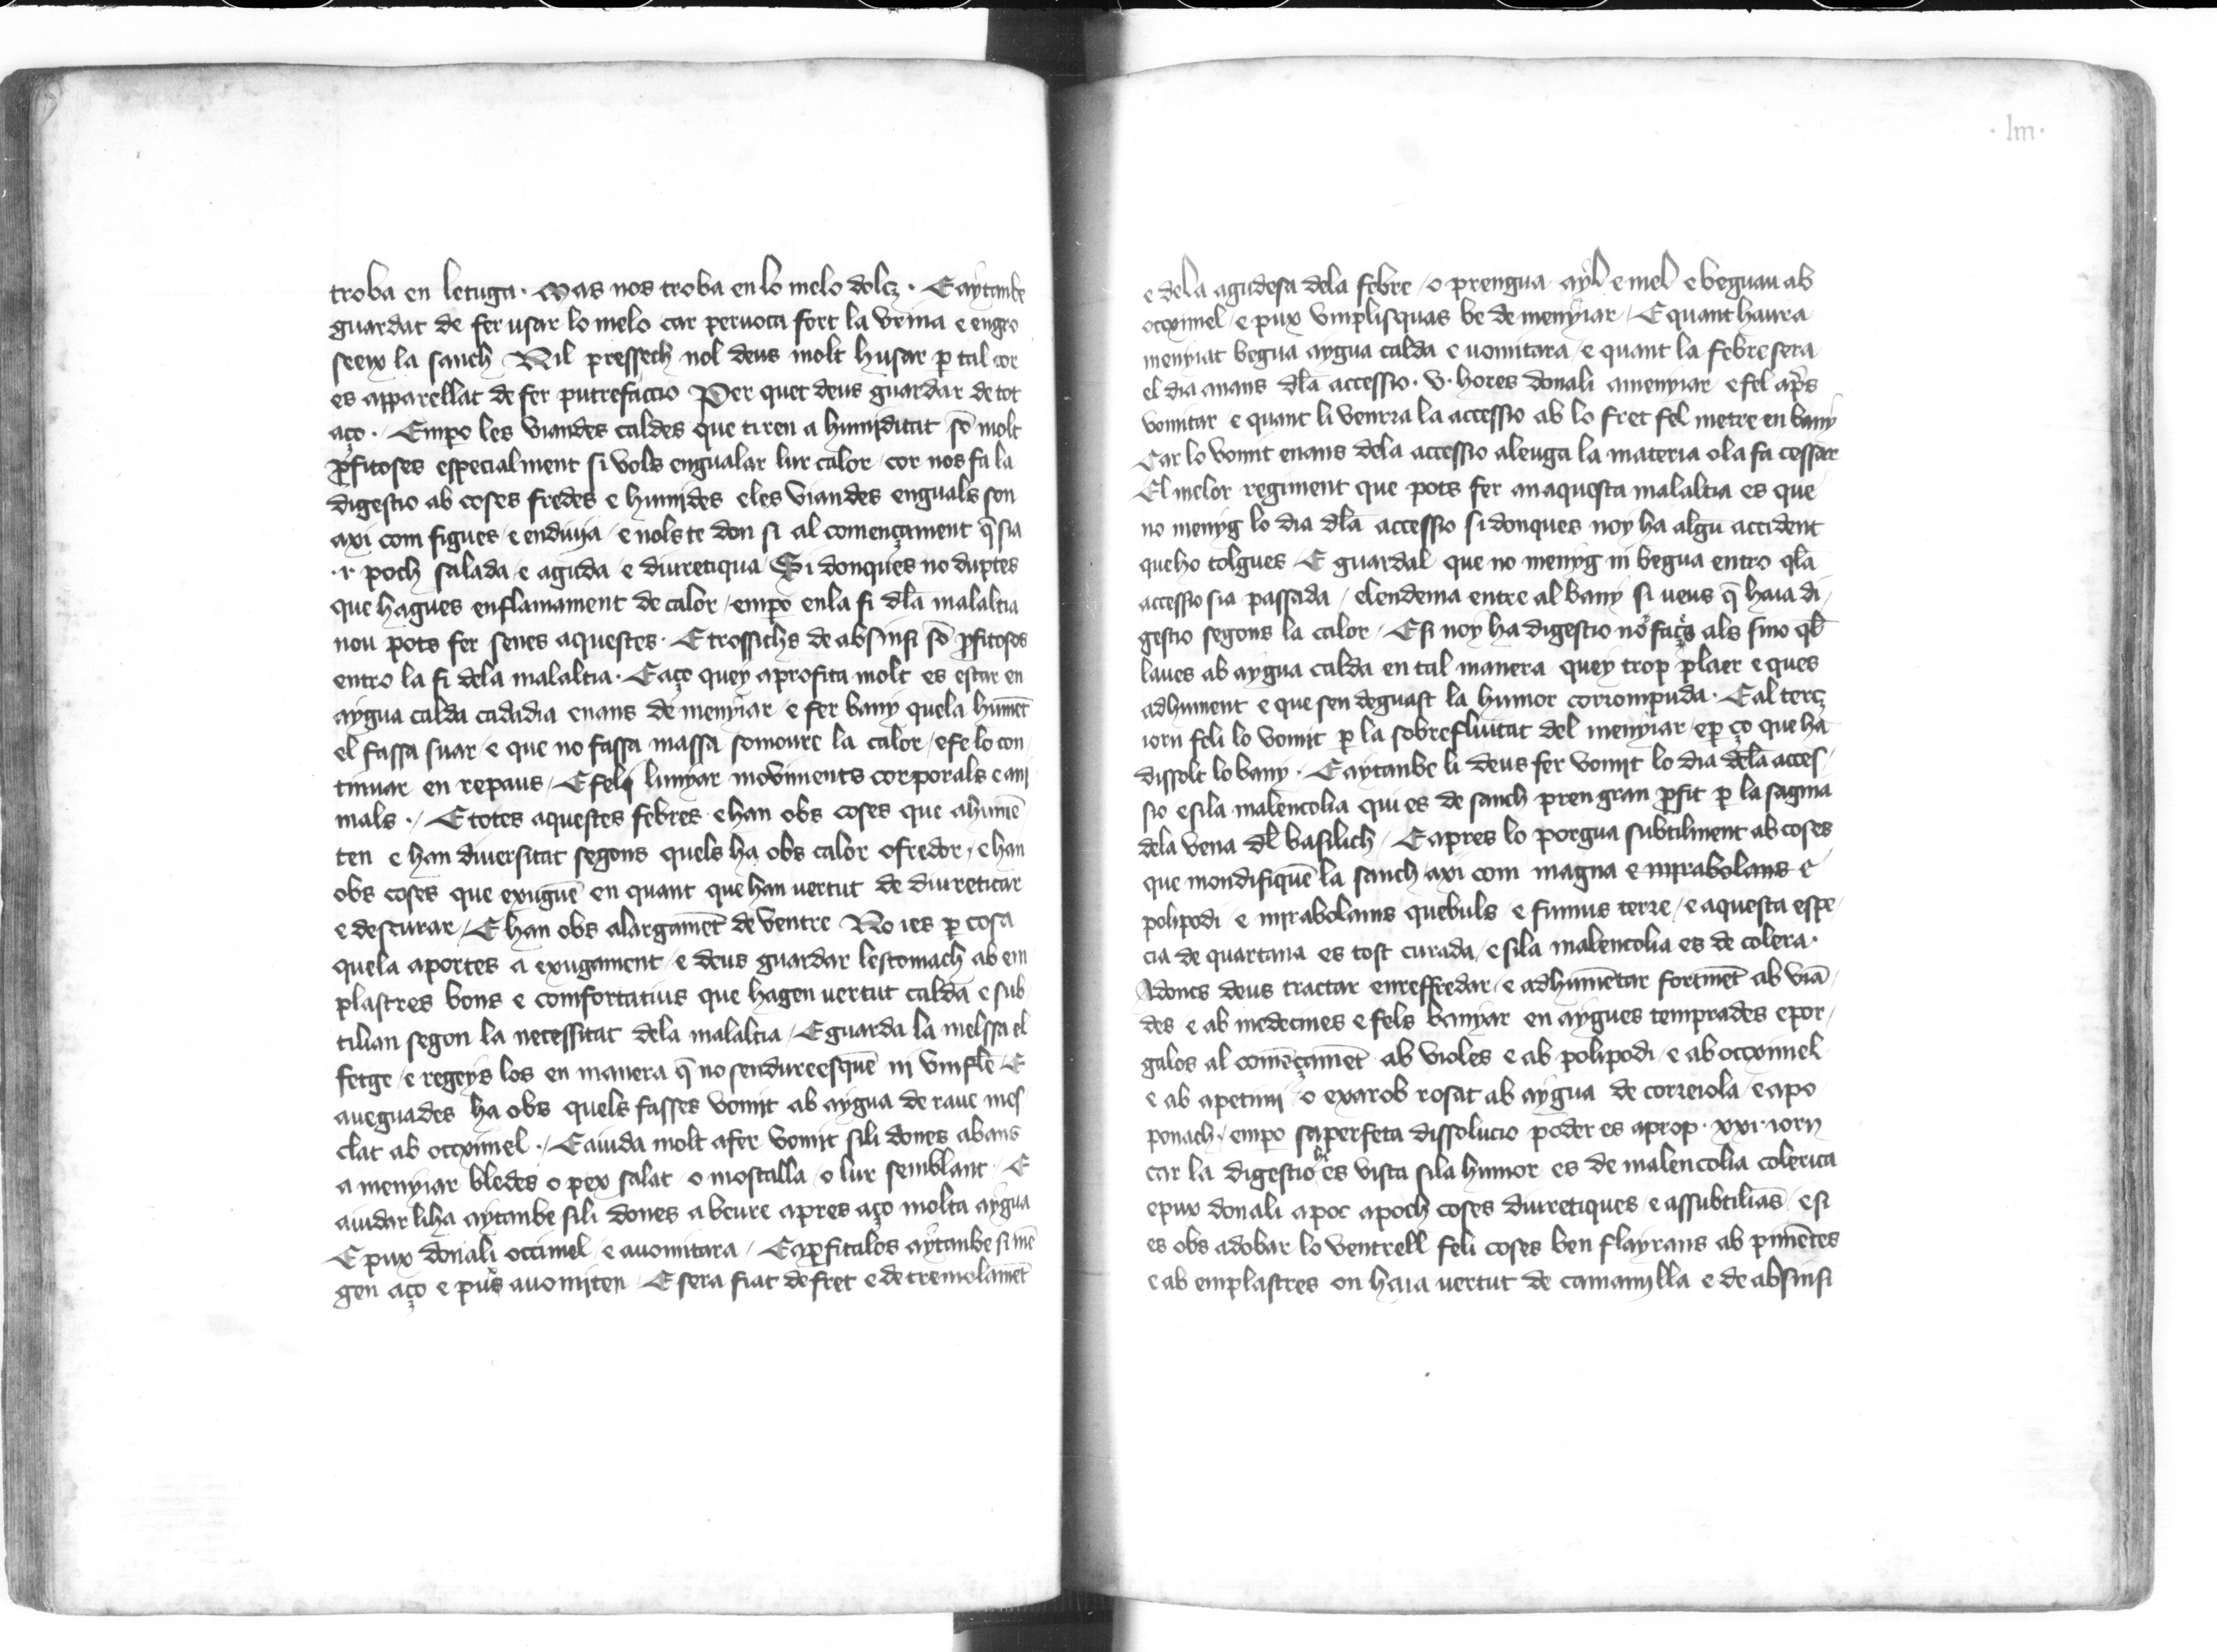
Shelfmark: Paris, BnF, esp. 563
Century: 14